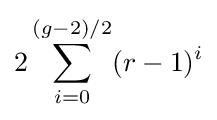
2\sum _{i=0}^{(g-2)/2}(r-1)^{i}